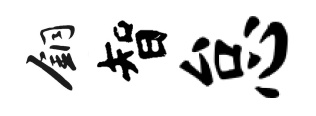
銅智怠